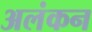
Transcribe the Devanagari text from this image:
अलंकन